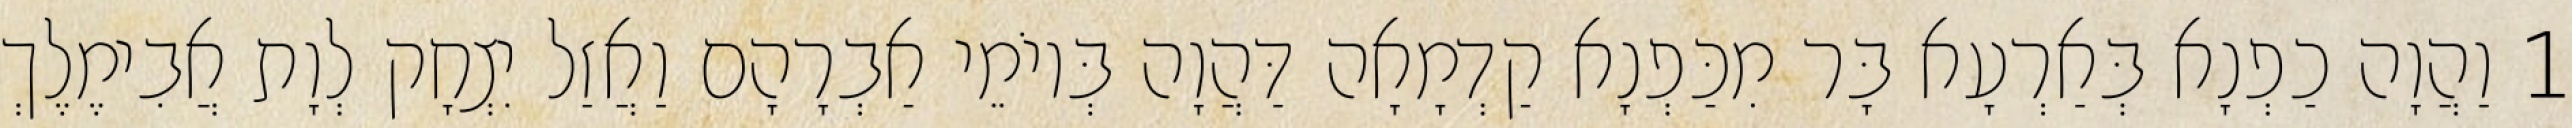
1 וַהֲוָה כַפְנָא בְּאַרְעָא בָּר מִכַּפְנָא קַדְמָאָה דַּהֲוָה בְּיוֹמֵי אַבְרָהָם וַאֲזַל יִצְחָק לְוָת אֲבִימֶלֶךְ